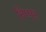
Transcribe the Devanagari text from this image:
निप्पर